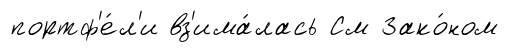
портф'е́л'и вз'има́лась См Зако́ном